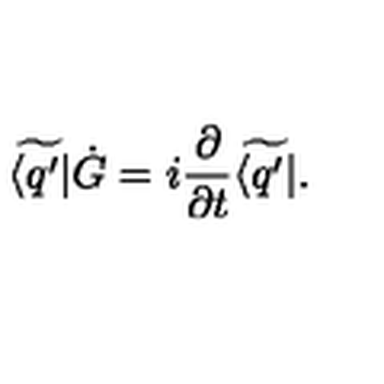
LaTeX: \widetilde { \langle q ^ { \prime } | } \dot { G } = i { \frac { \partial } { \partial t } } \widetilde { \langle q ^ { \prime } | } .